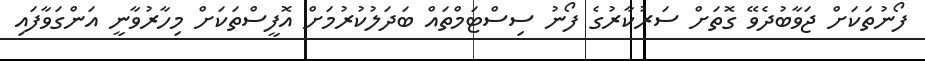
ފޯނުތަކަށް ޖަވާބުދެވޭ ގޮތަށް ސަރުކާރުގެ ފޯނު ސިސްޓަމްތައް ބަދަލުކުރުމަށް އޮފީސްތަކަށް މިހާރުވާނީ އަންގަވާފައި